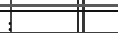
: